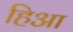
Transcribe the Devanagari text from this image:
हिआ